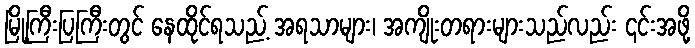
မြို့ကြီးပြကြီးတွင် နေထိုင်ရသည့် အရသာများ၊ အကျိုးတရားများသည်လည်း ၎င်းအဖို့